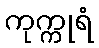
ကုက္ကုရံ